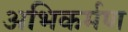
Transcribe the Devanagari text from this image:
अभिकर्मण